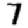
Digit: 7